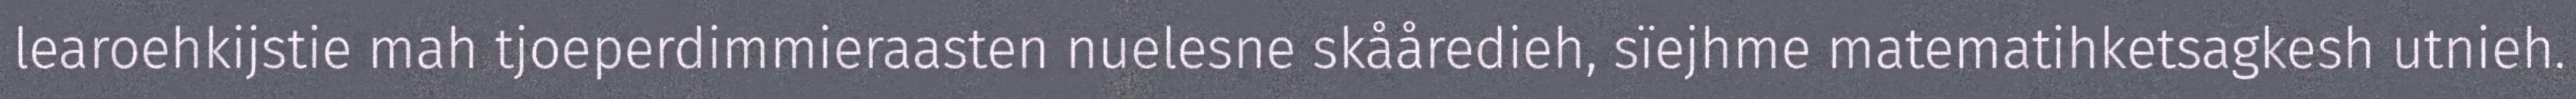
learoehkijstie mah tjoeperdimmieraasten nuelesne skååredieh, sïejhme matematihketsagkesh utnieh.